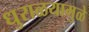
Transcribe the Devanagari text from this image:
धुराळयामुळे